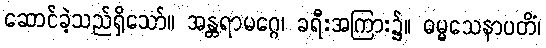
ဆောင်ခဲ့သည်ရှိသော်။ အန္တရာမဂ္ဂေ၊ ခရီးအကြား၌။ ဓမ္မသေနာပတိံ၊